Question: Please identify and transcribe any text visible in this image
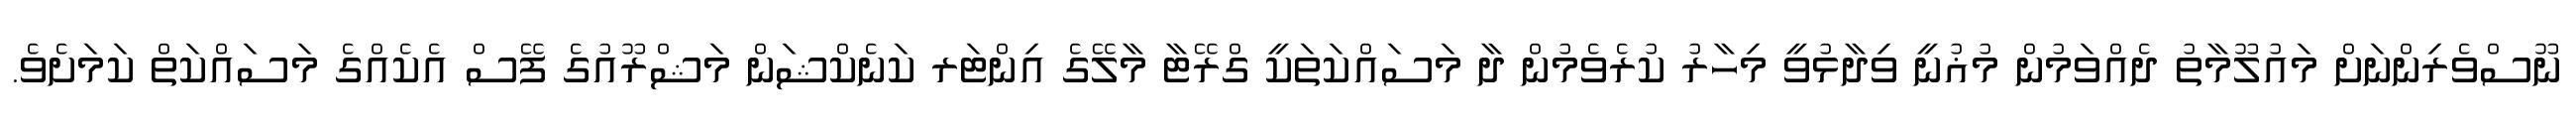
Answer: ނޫސްވެރިންނަށް މައުލޫމާތު ދެއްވަމުން މުޣުނީ ވިދާޅުވީ މިހާރު ކުރެވެމުން ދާ މަސައްކަތަކީ ގްރޭޓާ މާލޭގެ އިންޓަރ ކަނެކްޝަން މަޝްރޫއުގެ ފޭސް އެކެއްގެ މަސައްކަތް ކަމަށެވެ.